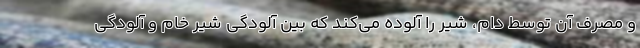
و مصرف آن توسط دام، شیر را آلوده می‌کند که بین آلودگی شیر خام و آلودگی